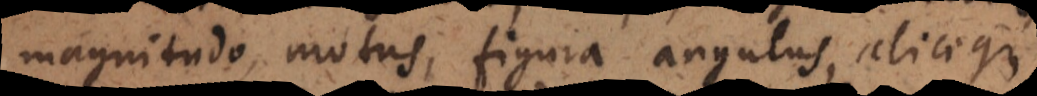
magnitudo, motus, figura angulus, aliaeque